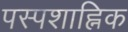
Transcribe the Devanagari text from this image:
पस्पशाह्निक